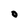
Character: O